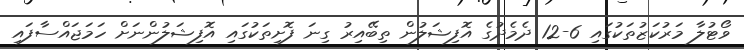
ވޯޓުލާ މަރުކަޒުތަކުގައި 6-12 ދެމެދުގެ އޮފިޝަލުން ތިބޭއިރު ގިނަ ފޮށިތަކުގައި އޮފިޝަލުންނަށް ހަމަޖައްސާފައި